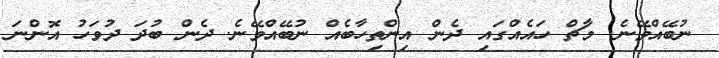
ނުބޭއްވޭނެ. މާޗް ހައެއްގައި ދެން އިންތިހާބެއް ނުބޭއްވޭނެ. ދެން ބުދަ ދުވަހު އޮންނަ